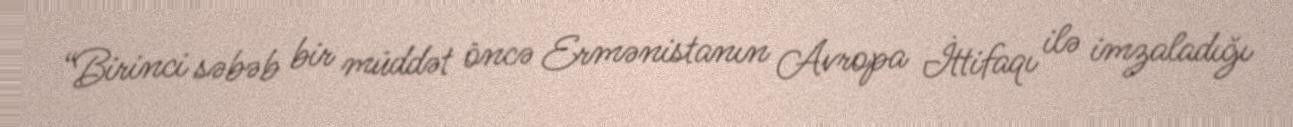
“Birinci səbəb bir müddət öncə Ermənistanın Avropa İttifaqı ilə imzaladığı